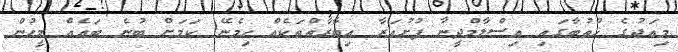
މިއަދުގެ ޚުތުބާގައި އިސްލާމްދީނާ ފުށުއަރާ އިބާރާތްތަކެއް ހިމެނޭ ކަމަށް ބުނެ ބައެއް މީހުން